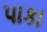
પાકા